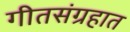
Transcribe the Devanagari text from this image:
गीतसंग्रहात